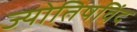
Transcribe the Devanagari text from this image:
ज्योतिषविंद